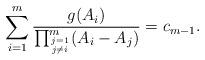
LaTeX: \begin{align*}\sum_{i=1}^{m}\frac{g(A_i)}{\prod_{j=1\atop j\ne i}^{m}(A_i-A_j)}=c_{m-1}.\end{align*}